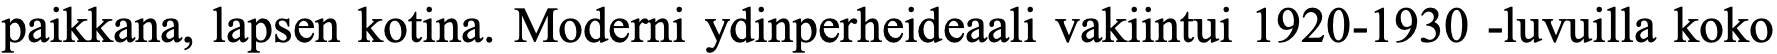
paikkana, lapsen kotina. Moderni ydinperheideaali vakiintui 1920-1930 -luvuilla koko